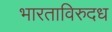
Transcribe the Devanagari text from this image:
भारताविरुदध